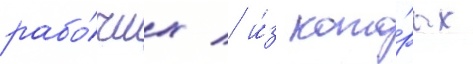
рабо́чих / и́з кото́рых